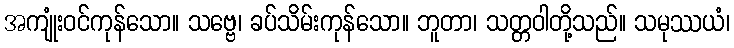
အကျုံးဝင်ကုန်သော။ သဗ္ဗေ၊ ခပ်သိမ်းကုန်သော။ ဘူတာ၊ သတ္တဝါတို့သည်။ သမုဿယံ၊